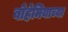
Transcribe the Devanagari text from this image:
बोहेमियाच्या